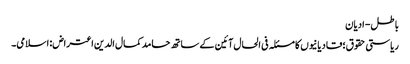
باطل- ادیان
ریاستی حقوق؛ قادیانیوں کا مسئلہ فی الحال آئین کے ساتھ حامد کمال الدین اعتراض: اسلامی۔